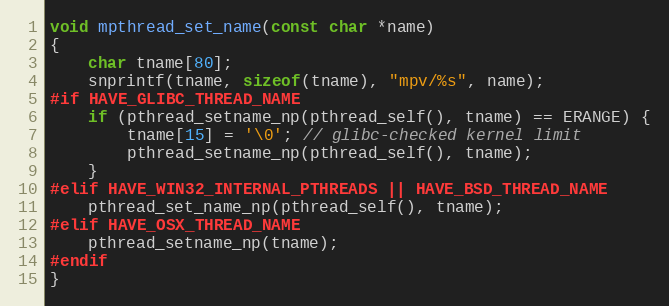
Language: C
void mpthread_set_name(const char *name)
{
    char tname[80];
    snprintf(tname, sizeof(tname), "mpv/%s", name);
#if HAVE_GLIBC_THREAD_NAME
    if (pthread_setname_np(pthread_self(), tname) == ERANGE) {
        tname[15] = '\0'; // glibc-checked kernel limit
        pthread_setname_np(pthread_self(), tname);
    }
#elif HAVE_WIN32_INTERNAL_PTHREADS || HAVE_BSD_THREAD_NAME
    pthread_set_name_np(pthread_self(), tname);
#elif HAVE_OSX_THREAD_NAME
    pthread_setname_np(tname);
#endif
}